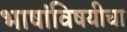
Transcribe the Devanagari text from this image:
भाषांविषयीचा